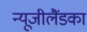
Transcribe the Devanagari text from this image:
न्यूजीलैंडका